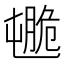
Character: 𦟒